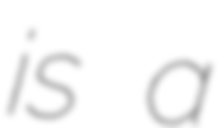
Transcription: is a